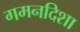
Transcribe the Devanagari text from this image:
गमनदिशा